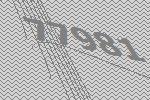
77981